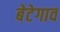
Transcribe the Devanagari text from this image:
बेटेगाव